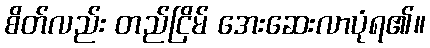
စိတ်လည်း တည်ငြိမ် အေးဆေးလာပုံရ၏။